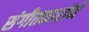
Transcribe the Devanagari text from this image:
संगीतकारांने